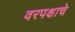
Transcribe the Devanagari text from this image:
वरपक्षाचे